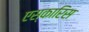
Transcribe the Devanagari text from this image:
एस्कारिस